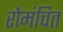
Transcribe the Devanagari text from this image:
रोमंचित